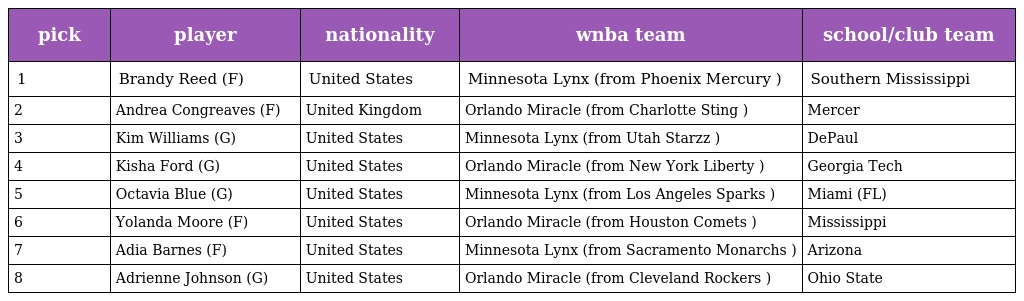
| pick | player | nationality | wnba team | school/club team |
 | --- | --- | --- | --- | --- |
 | 1 | Brandy Reed (F) | United States | Minnesota Lynx (from Phoenix Mercury ) | Southern Mississippi |
 | 2 | Andrea Congreaves (F) | United Kingdom | Orlando Miracle (from Charlotte Sting ) | Mercer |
 | 3 | Kim Williams (G) | United States | Minnesota Lynx (from Utah Starzz ) | DePaul |
 | 4 | Kisha Ford (G) | United States | Orlando Miracle (from New York Liberty ) | Georgia Tech |
 | 5 | Octavia Blue (G) | United States | Minnesota Lynx (from Los Angeles Sparks ) | Miami (FL) |
 | 6 | Yolanda Moore (F) | United States | Orlando Miracle (from Houston Comets ) | Mississippi |
 | 7 | Adia Barnes (F) | United States | Minnesota Lynx (from Sacramento Monarchs ) | Arizona |
 | 8 | Adrienne Johnson (G) | United States | Orlando Miracle (from Cleveland Rockers ) | Ohio State |